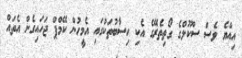
އިއްޔެ ވެސް ސްކޫލްގެ ގޯތިތެރޭގެ އެކި ހިސާބުތަކުގައި އެމީހުން ކޭމްޕް ޖަހައިގެން އެތައް